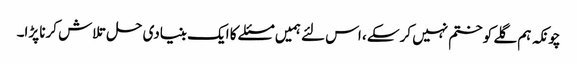
چونکہ ہم گلے کو ختم نہیں کرسکے ، اس لئے ہمیں مسئلے کا ایک بنیادی حل تلاش کرنا پڑا۔